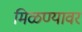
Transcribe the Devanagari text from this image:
मिळण्यावर